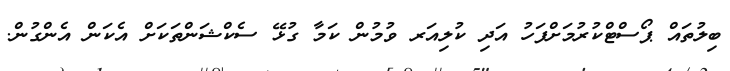
ބިލުތައް ޕޯސްޓްކުރުމަށްފަހު އަދި ކުލިއަރ ވުމުން ކަމާ ގުޅޭ ސެކްޝަންތަކަށް އެކަން އެންގުން.